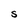
Character: S